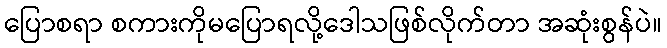
ပြောစရာ စကားကိုမပြောရလို့ဒေါသဖြစ်လိုက်တာ အဆုံးစွန်ပဲ။